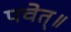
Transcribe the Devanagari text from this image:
पचेत्॥